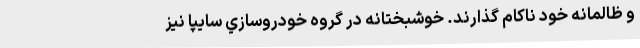
و ظالمانه خود ناكام گذارند. خوشبختانه در گروه خودروسازي سايپا نيز